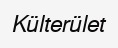
Külterület